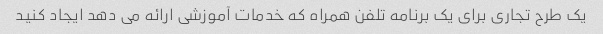
یک طرح تجاری برای یک برنامه تلفن همراه که خدمات آموزشی ارائه می دهد ایجاد کنید